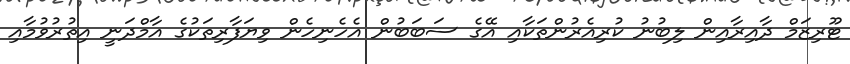
ޓޫރިޒަމް ދާއިރާއިން ލިބުނު ކުރިއެރުންތަކާއި އޭގެ ސަބަބުން އެހެނިހެން ވިޔަފާރިތަކުގެ އާމްދަނީ އިތުރުވުމާއި